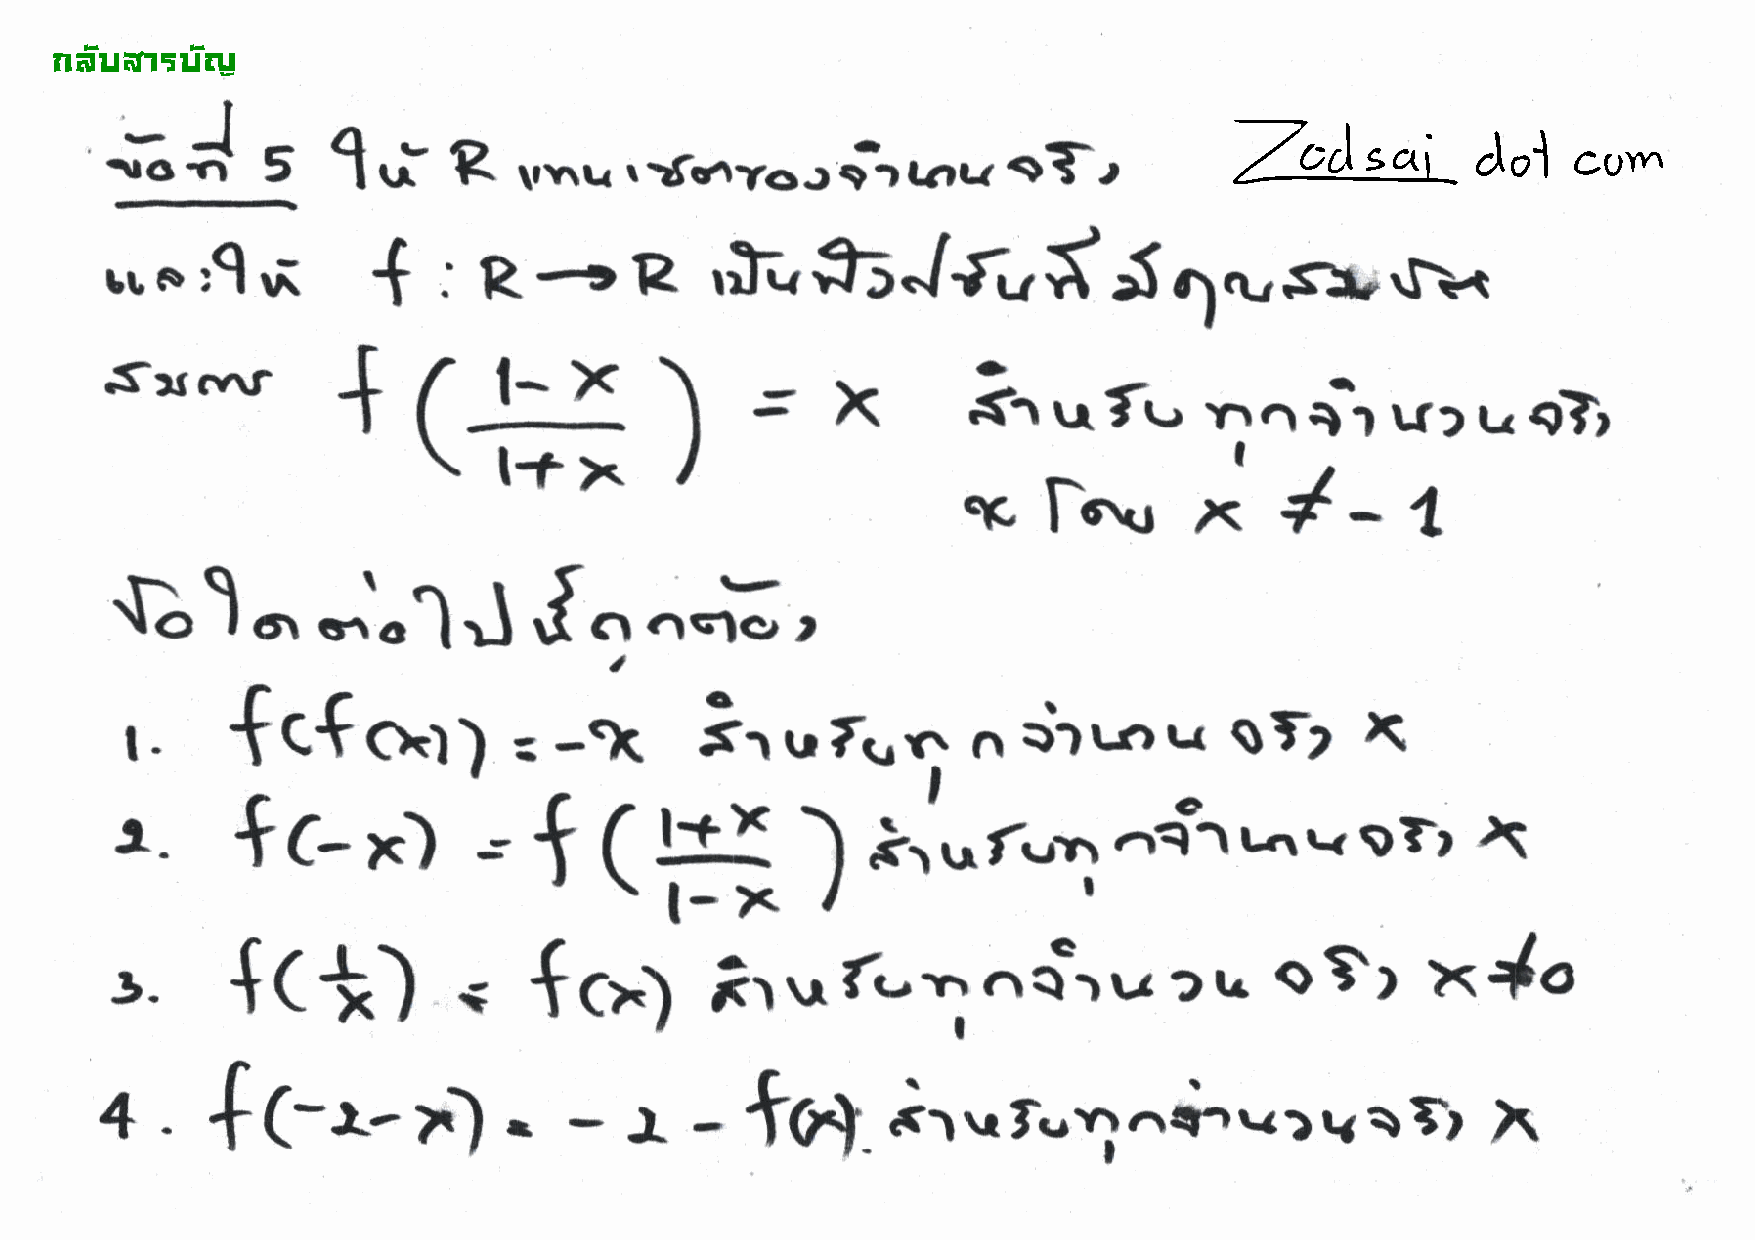
!"#$%;&J'$#(-
 g
 1f                  r{vrvocfrrarr            eTr
 r|clft
 vrrrr
 +
 frJf,,
 rj,i                         R                          t'
 ..o                                     rJv                        S                 rl'r*
 R.                                            lcrrs*
 {:
 l-x
 +(
 Srcnr
 .D
 =X            sr    ufr,      t
 f,r  rrr
 r,
 OTr
 t+x
 I ^
 x     $t  -7
 )
 .1,
 Ilr\u
 $1_                        J..ots,
 ...".1J
 r?to
 l.     t   C*         )      -ic      i',   ,  f.,l     n   $   rrr  r-r    Tz    \
 ch1                                                       $
 =
 \
 fc                         !{
 x)              (
 .1.                        f                 )    .ir,'r*rrr      -,qo1i.\..oTr
 =
 -l_x          I
 I
 o}r        x{o
 {(*)           {
 {c-1        iruf'-'r'nQotu?b
 .}.
 ?                  .
 I
 4.     {(-t-                                        ir..r.v;..d.v)vrTr
 -       -  f6l.                                              X
 ?")